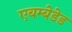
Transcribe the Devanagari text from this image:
एबम्बेडेड